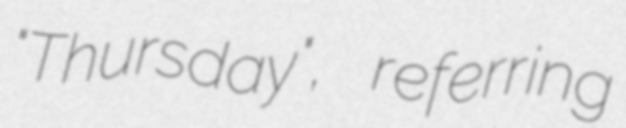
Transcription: "Thursday", referring